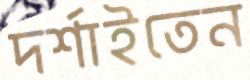
দর্শাইতেন